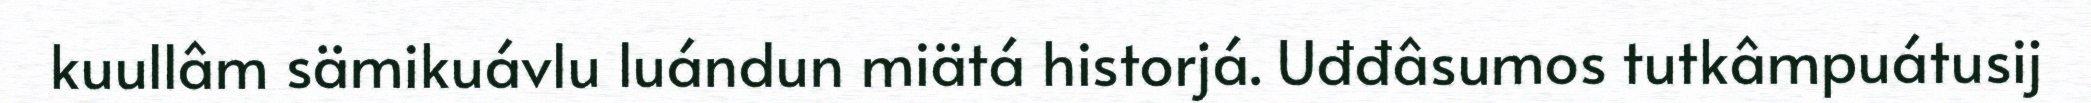
kuullâm sämikuávlu luándun miätá historjá. Uđđâsumos tutkâmpuátusij